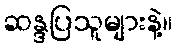
ဆန္ဒပြသူများနဲ့။